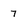
Character: 7